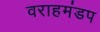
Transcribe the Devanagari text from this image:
वराहमंडप